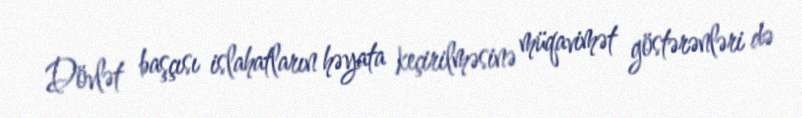
Dövlət başçısı islahatların həyata keçirilməsinə müqavimət göstərənləri də